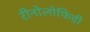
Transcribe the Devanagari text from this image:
रीनोलोफिडी